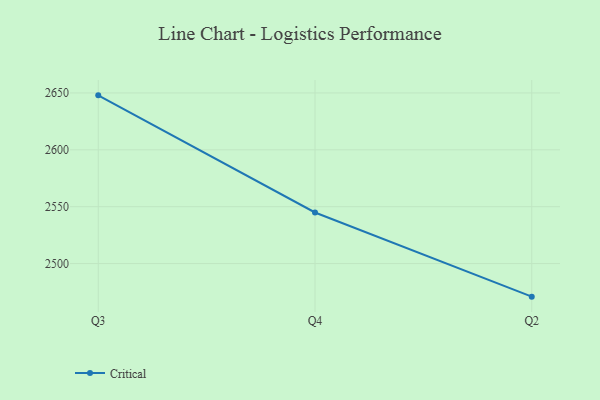
{"axis": {"x": "Quarter", "y": "Energy Usage (MWh)"}, "legend": ["Critical"], "data": [{"x": "Q3", "y": 2647.9, "type": "Critical"}, {"x": "Q4", "y": 2544.9, "type": "Critical"}, {"x": "Q2", "y": 2470.9, "type": "Critical"}]}